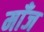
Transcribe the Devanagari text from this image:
माँज